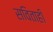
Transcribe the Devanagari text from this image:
सविताही